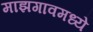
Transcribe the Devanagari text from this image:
माझगावमध्ये